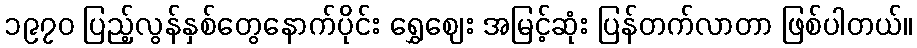
၁၉၇၀ ပြည့်လွန်နှစ်တွေနောက်ပိုင်း ရွှေဈေး အမြင့်ဆုံး ပြန်တက်လာတာ ဖြစ်ပါတယ်။